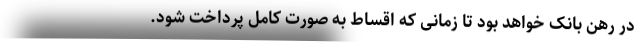
در رهن بانک خواهد بود تا زمانی که اقساط به صورت کامل پرداخت شود.